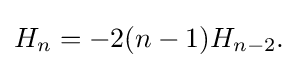
H_{n}=-2(n-1)H_{n-2}.\,\!